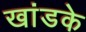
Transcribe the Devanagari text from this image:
खांडके